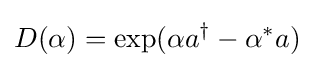
D(\alpha )=\exp(\alpha a^{\dagger }-\alpha ^{*}a)